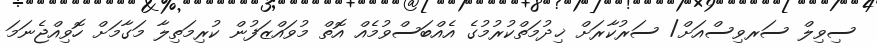
ސިވިލް ސަރވިސްއަށް/ ސަރުކާރަށް ޚިދުމަތްކުރުމުގެ އެއްބަސްވުމެއް އޮތް މުވައްޒަފުން ކުރިމަތިލާ މަގާމަށް ހޮވިއްޖެނަމަ